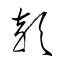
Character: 穎